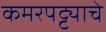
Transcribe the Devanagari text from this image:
कमरपट्ट्याचे